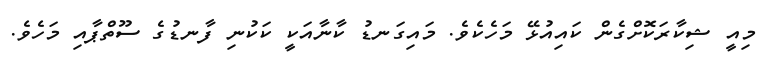
މިއީ ޝިކާރަކޮށްގެން ކައިއުޅޭ މަހެކެވެ. މައިގަނޑު ކާނާއަކީ ކަކުނި ފާނޑުގެ ސޫތްޕާއި މަހެވެ.